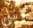
ويلي